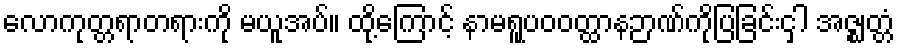
လောကုတ္တရာတရားကို မယူအပ်။ ထို့ကြောင့် နာမရူပဝဝတ္ထာနဉာဏ်ကိုပြခြင်းငှါ အဇ္ဈတ္တံ